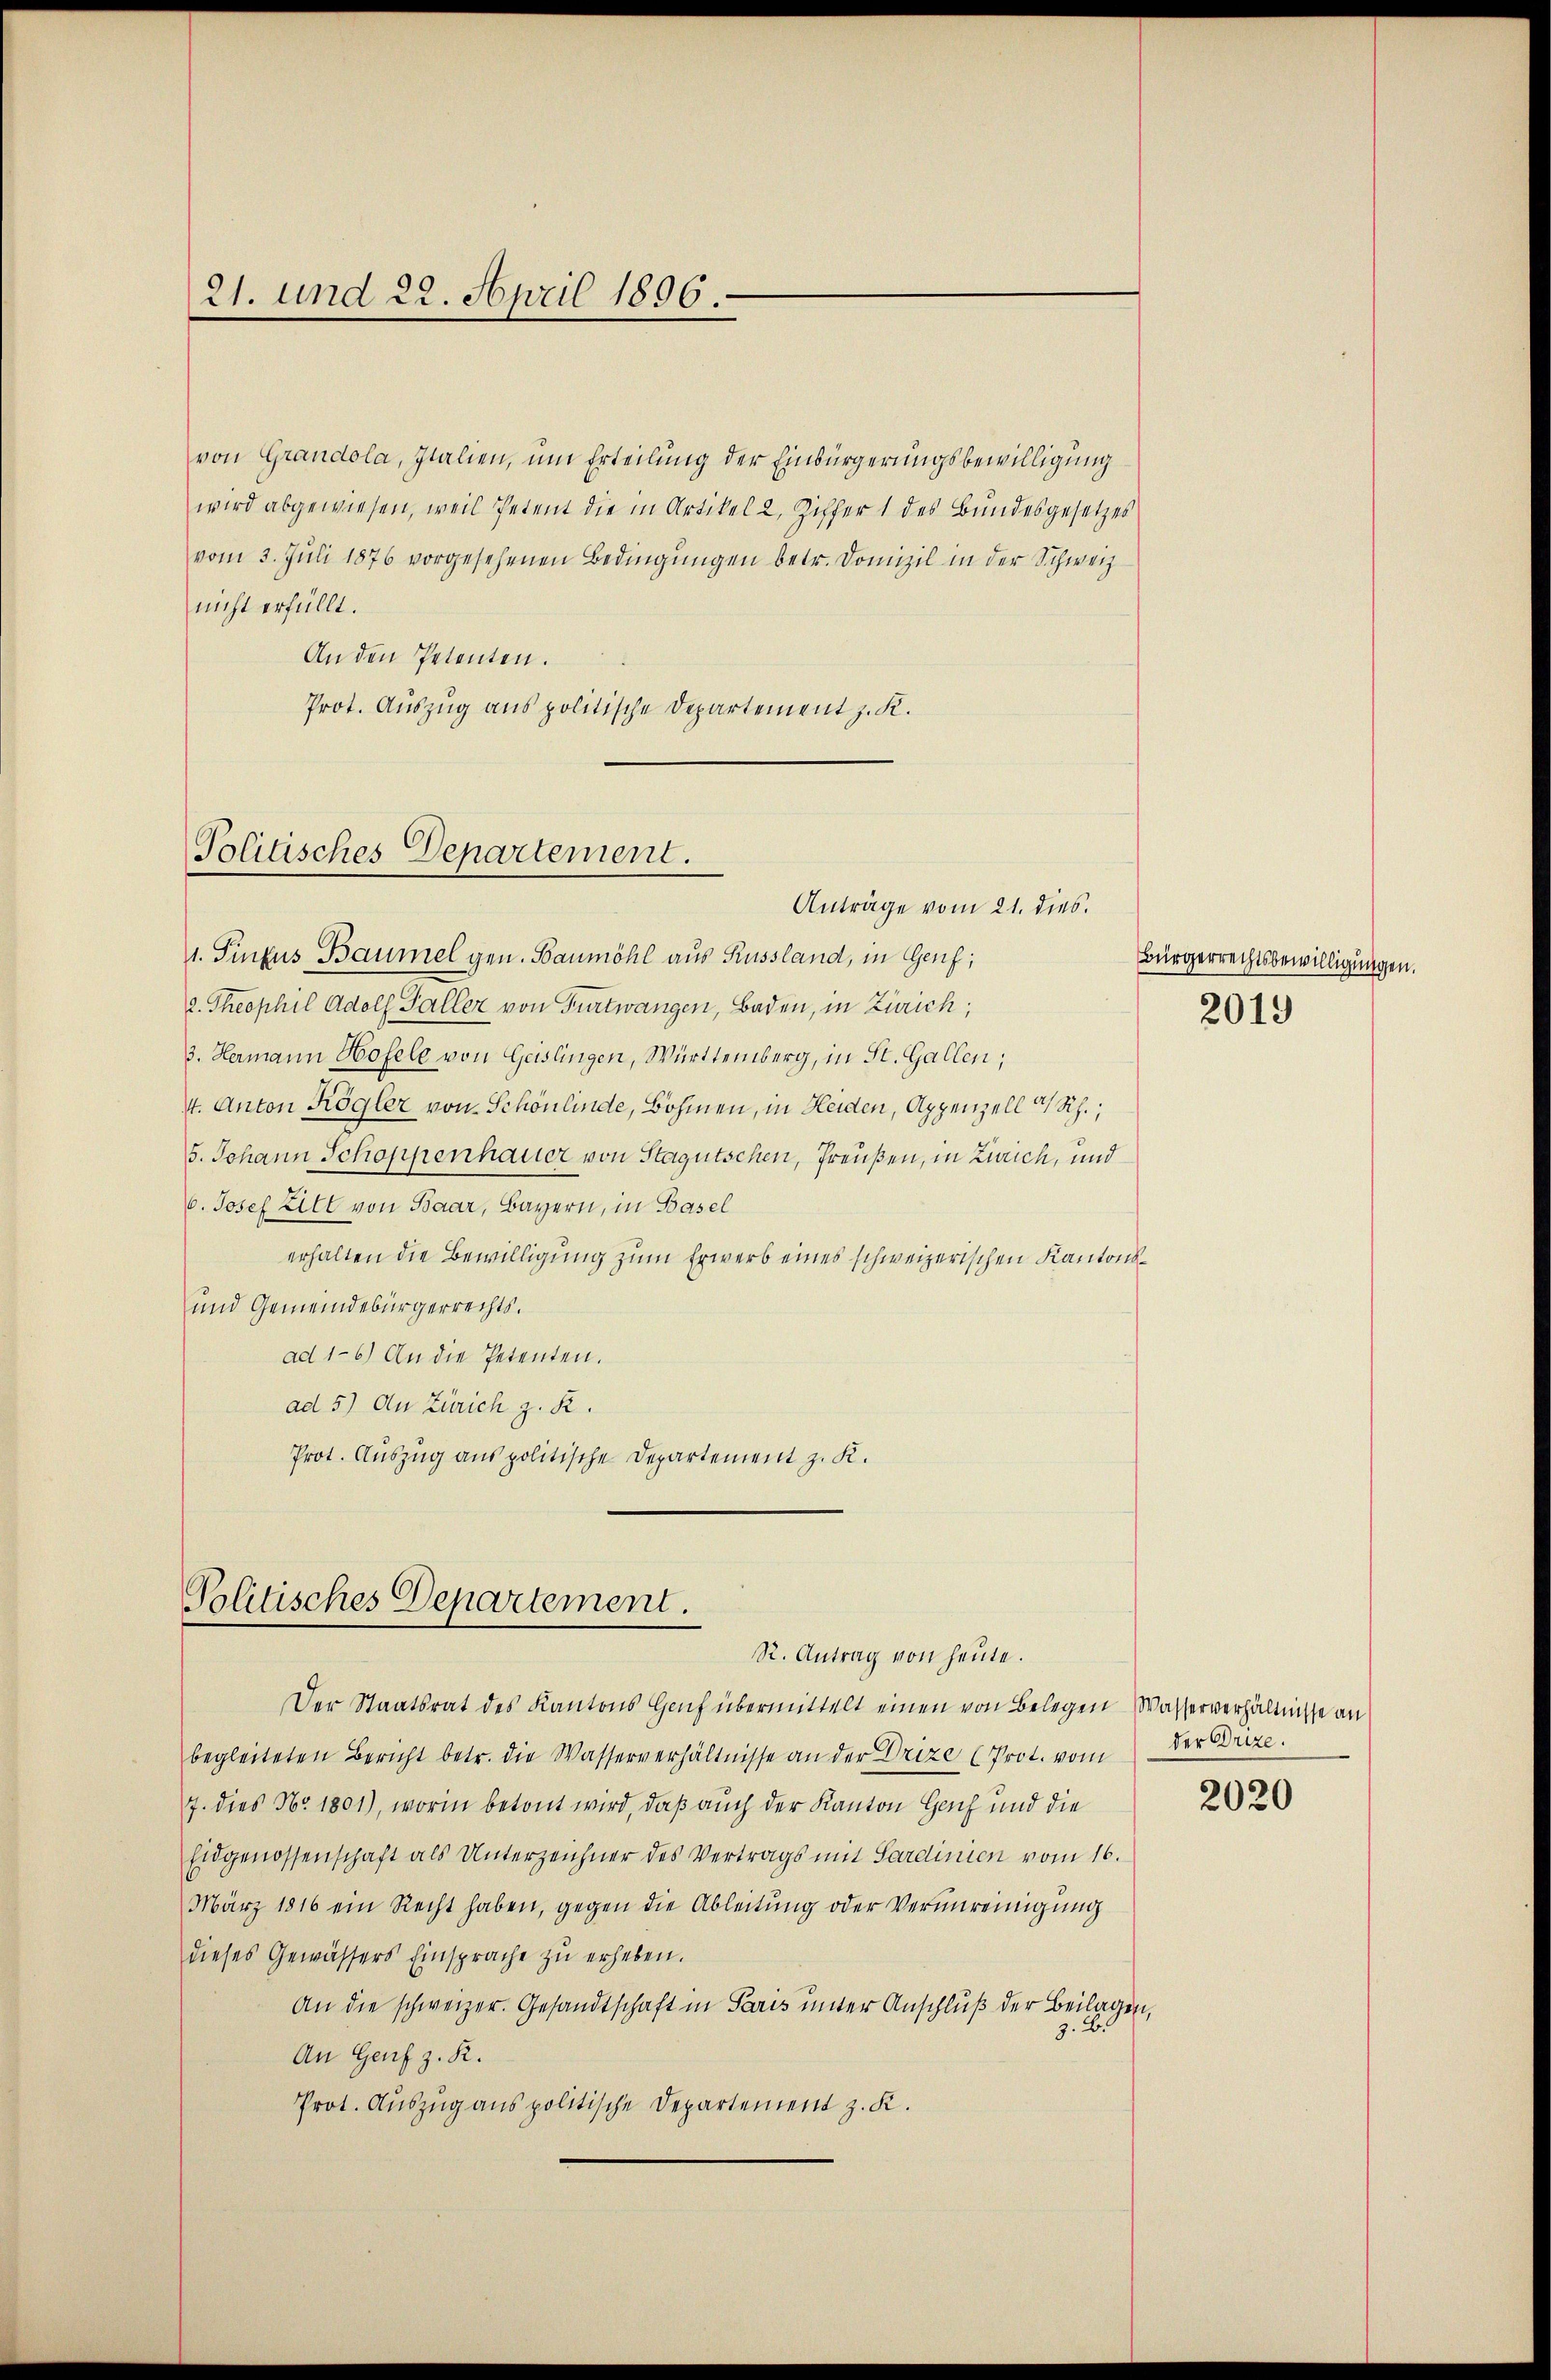
21. und 22. April 1896.

von Grandola, Italien, um Erteilung der Einbürgerungsbewilligung
wird abgewiesen, weil Petent die in Artikel 2, Ziffer 1 des Bundesgesetzes
vom 3. Juli 1876 vorgesehenen Bedingŭngen betr. Domizil in der Schweiz
nicht erfüllt.
An den Petenten.
Prot. Auszug aus politische Departement z. K.

Politisches Departement.
Anträge vom 21. dies.

Politisches Departement.
R. Antrag von heute.

Der Staatsrat des Kantons Genf übermittelt einen von Belegen Wasserverhältnisse an
begleiteten Bericht betr. die Wasserverhältnisse an der Drize (Prot. vom
7. dies No. 1801), worin betont wird, daß auch der Kanton Genf und die
Eidgenossenschaft als Unterzeichner des Vertrags mit Sardinien vom 16.
März 1816 ein Recht haben, gegen die Ableitung oder Verŭnreinigung
dieses Gewässers Einsprache zu erheben.
An die schweizer. Gesandtschaft in Paris unter Anschluß der Beilagen,
z. B.
An Genf z. R.
Prot. Auszug aus politische Departement z. K.

1. Singus Baumel gen. Baumöhl aus Russland, in Genf;
2. Theophil Adolf Galler von Furtwangen, Baden, in Zürich,
3. Hermann Hofele von Geislingen, Württemberg, in St. Gallen;
4. Anton Kögler von Schönlinde, Böhmen, in Heiden, Appenzell a/Rh.;
5. Johann Schoppenhauer von Stagutschen, Preußen, in Zürich, und
6. Josef Zill von Baar, Bayern, in Basel
erhalten die Bewilligung zum Erwerb eines schweizerischen Kantons¬
und Gemeindebürgerrechts.
ad 1-6) An die Petenten.
ad 5) An Zürich z. R.
Prot. Auszug aus politische Departement z. K.

Bürgerrechtsbewilligungen.

2019

der Orize.
2020